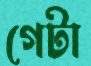
গেটা